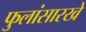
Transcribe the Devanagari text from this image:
फुलांसारखे